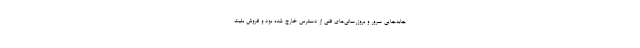
جابه‌جایی سرور و بروزرسانی‌های فنی از دسترس خارج شده بود و فروش بلیت‌